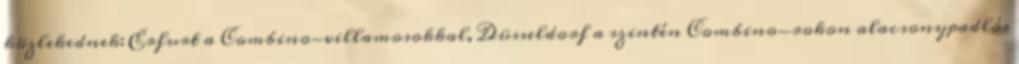
közlekednek: Erfurt a Combino-villamosokkal, Düsseldorf a szintén Combino-rokon alacsonypadlós